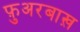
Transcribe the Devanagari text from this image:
फ़ुअरबाख़